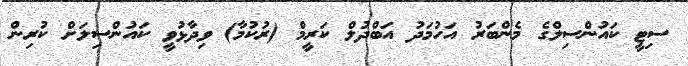
ސިޓީ ކައުންސިލްގެ މެންބަރު އަހުމަދު އަބްދުލް ކަރީމް (ރުކުމާ) ވިދާޅުވީ ކައުންސިލަށް ކުރިން